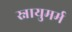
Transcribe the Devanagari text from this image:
स्नायुमर्म